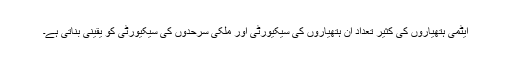
ایٹمی ہتھیاروں کی کثیر تعداد اُن ہتھیاروں کی سیکیورٹی اور ملکی سرحدوں کی سیکیورٹی کو یقینی بناتی ہے۔